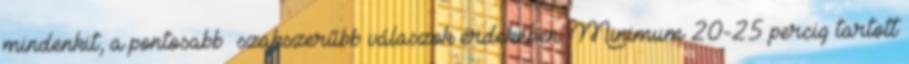
mindenkit, a pontosabb szakszerűbb válaszok érdekében. Minimum 20-25 percig tartott